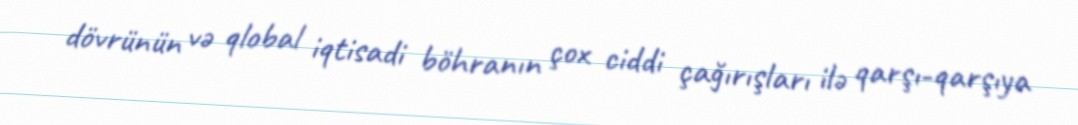
dövrünün və qlobal iqtisadi böhranın çox ciddi çağırışları ilə qarşı-qarşıya